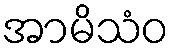
အာမိသံဝ